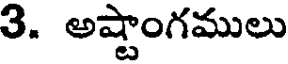
3. అష్టాంగములు